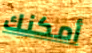
أمكنك